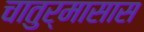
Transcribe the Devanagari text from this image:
चातुर्मासास